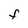
Character: F